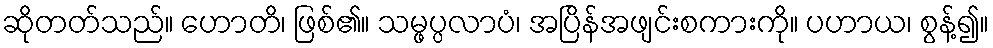
ဆိုတတ်သည်။ ဟောတိ၊ ဖြစ်၏။ သမ္ဖပ္ပလာပံ၊ အပြိန်အဖျင်းစကားကို။ ပဟာယ၊ စွန့်၍။